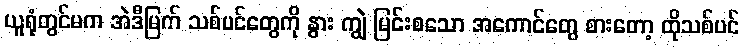
ယူရုံတွင်မက အဲဒီမြက် သစ်ပင်တွေကို နွား ကျွဲ မြင်းစသော အကောင်တွေ စားတော့ ထိုသစ်ပင်